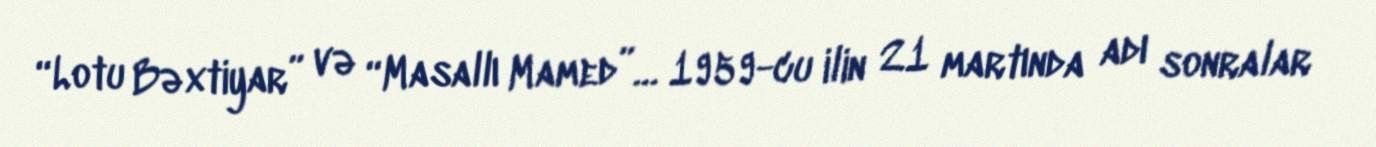
“Lotu Bəxtiyar” və “Masallı Mamed”… 1959-cu ilin 21 martında adı sonralar